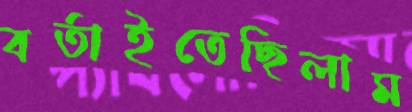
বর্তাইতেছিলাম